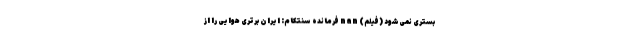
بستری نمی‌شود (فیلم) nan فرمانده سنتکام: ایران برتری هوایی را از